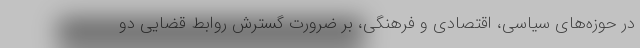
در حوزه‌های سیاسی، اقتصادی و فرهنگی، بر ضرورت گسترش روابط قضایی دو